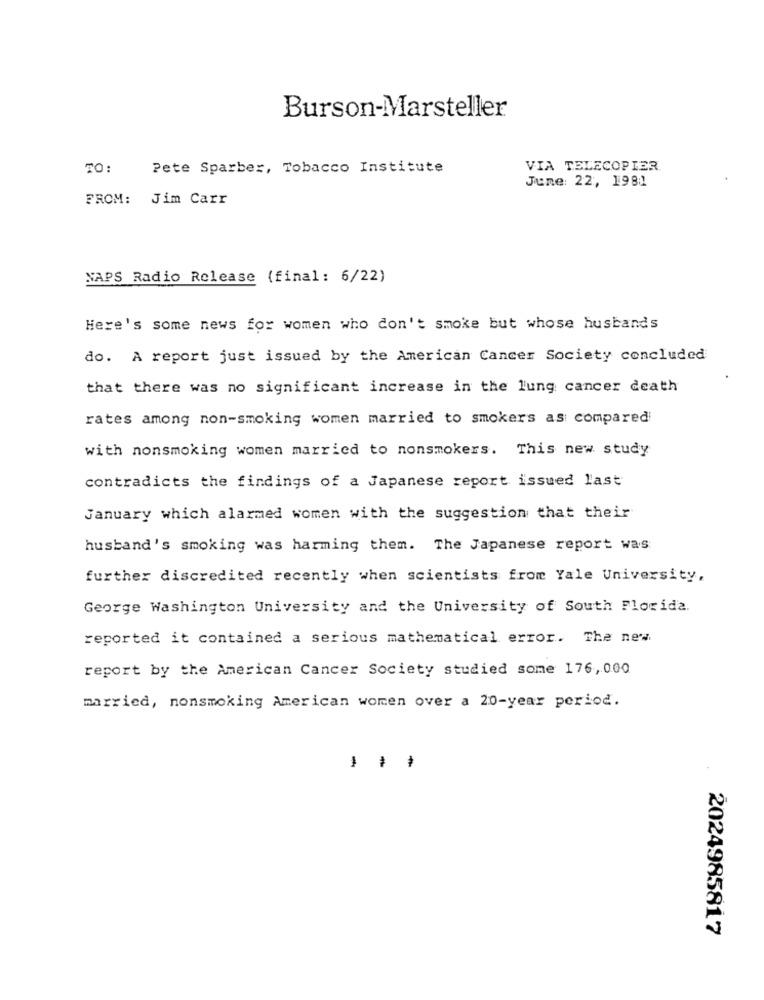
Burson-Marsteller
TO:
Pete Sparber, Tobacco Institute
VIA TELECOPIER
June: 22, 1981
FROM: Jim Carr
NAPS Radio Release (final: 6/22)
Here's some news for women who don't smoke but whose husbands
do. A report just issued by the American Cancer Society concluded
that there was no significant increase in the lung cancer death
rates among non-smoking women married to smokers as compared
with nonsmoking women married to nonsmokers. This new study
contradicts the findings of a Japanese report issued last
January which alarmed women with the suggestion that their
husband's smoking was harming them. The Japanese report was
further discredited recently when scientists from Yale University,
George Washington University and the University of South Florida.
reported it contained a serious mathematical error. The new
report by the American Cancer Society studied some 176,000
married, nonsmoking American women over a 20-year period.
-
-
2024985817